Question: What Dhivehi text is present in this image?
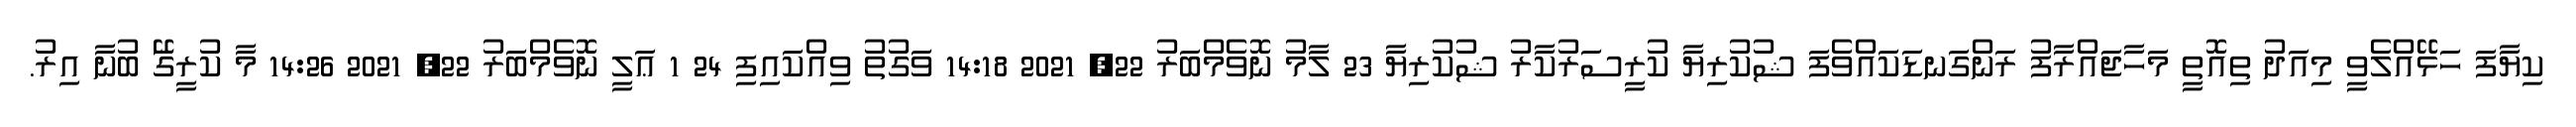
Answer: ކިޔާފަ ހަޅޭއްލެވީ މިއަދު ތިއޮތީ މަހާޖައްރާފު ރަންގަނޑަކައްވެފަ ޝުކުރިޔާ ކުރީސަރުކާރު ޝުކުރިޔާ 23 ލާމު ނޮވެމްބަރު 22, 2021 14:18 ވަގުތު ވިއްކައިފި 24 1 ޢަލީ ނޮވެމްބަރު 22, 2021 14:26 މާ ކުރީގަޭ ބުނާ އިރު.